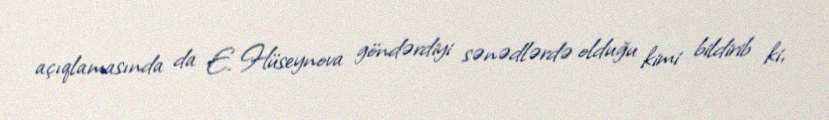
açıqlamasında da E. Hüseynova göndərdiyi sənədlərdə olduğu kimi bildirib ki,